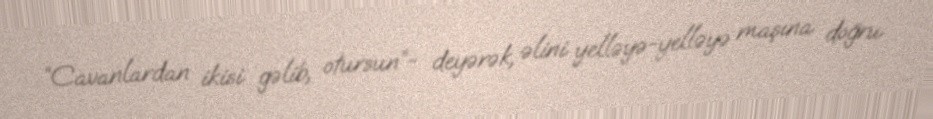
“Cavanlardan ikisi gəlib, otursun”- deyərək, əlini yelləyə-yelləyə maşına doğru